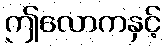
ဤလောကနှင့်